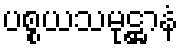
ပစ္စယသမုဋ္ဌာနံ